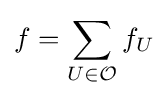
f=\sum _{U\in {\mathcal {O}}}f_{U}